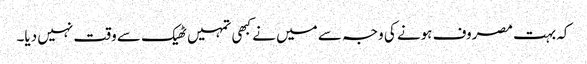
کہ بہت مصروف ہونے کی وجہ سے میں نے کبھی تمہیں ٹھیک سے وقت نہیں دیا۔